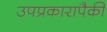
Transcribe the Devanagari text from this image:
उपप्रकारापैकी